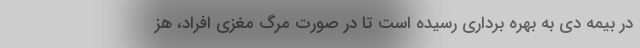
در بیمه دی به بهره برداری رسیده است تا در صورت مرگ مغزی افراد، هز